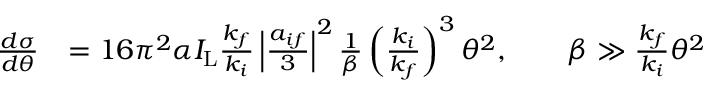
\begin{array} { r l } { \frac { d \sigma } { d \theta } } & { = 1 6 \pi ^ { 2 } \alpha I _ { \mathrm { L } } \frac { k _ { f } } { k _ { i } } \left\vert \frac { a _ { i f } } { 3 } \right\vert ^ { 2 } \frac { 1 } { \beta } \left( \frac { k _ { i } } { k _ { f } } \right) ^ { 3 } \theta ^ { 2 } , \qquad \beta \gg \frac { k _ { f } } { k _ { i } } \theta ^ { 2 } } \end{array}